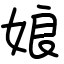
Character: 娘